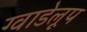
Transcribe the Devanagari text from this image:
ग्वाडेलूप